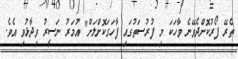
ތެރޭ ފޯރުކޮށްދެވޭނެ ވާހަކަ މި ފުރުސަތުގައި ފާހަގަކޮށްލަށް" އުމަރު ނަސީރު ވިދާޅުވި އެވެ.